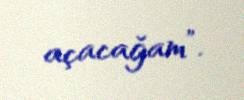
açacağam”.